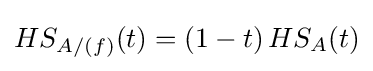
HS_{A/(f)}(t)=(1-t)\,HS_{A}(t)